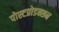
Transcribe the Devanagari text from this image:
पोस्टप्रोडक्शन